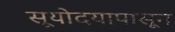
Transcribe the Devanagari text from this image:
सूयोदयापासून